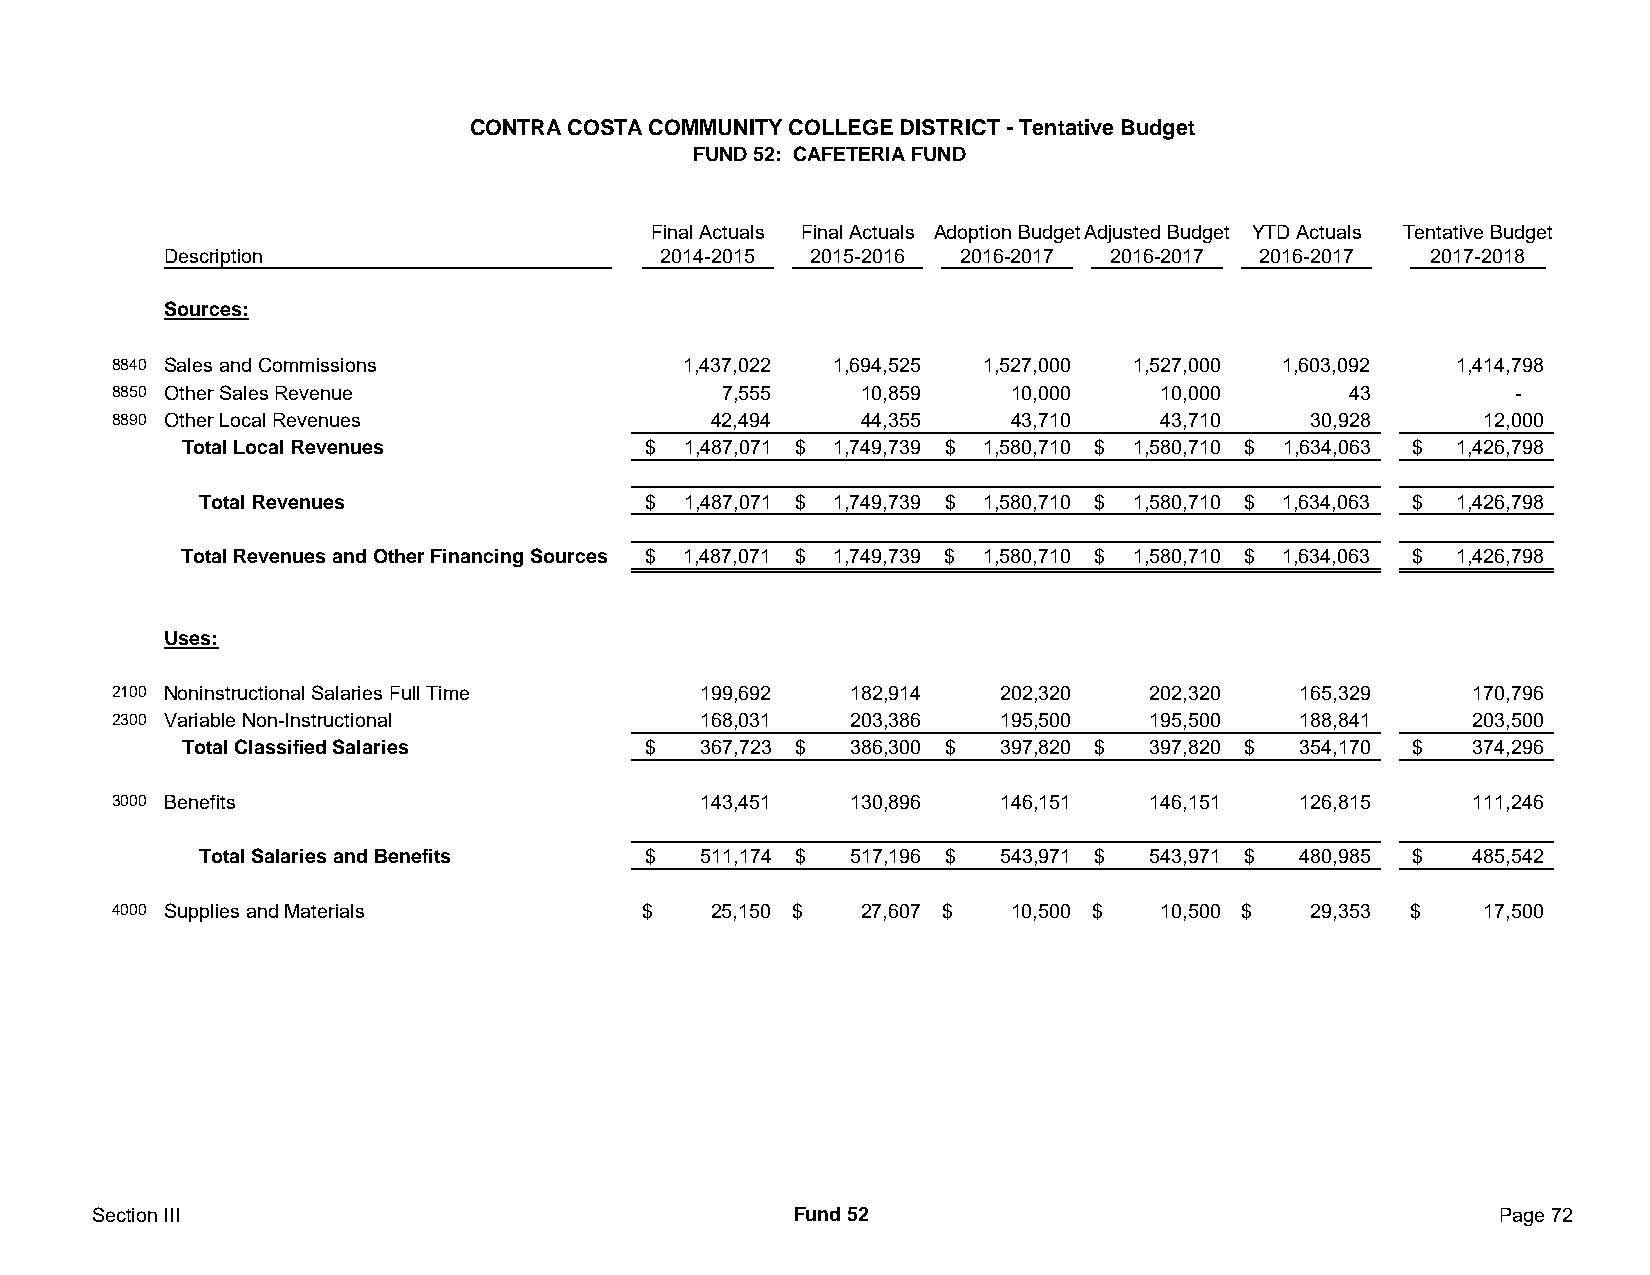
CONTRA COSTA COMMUNITY COLLEGE DISTRICT - Tentative Budget
 FUND 52: CAFETERIA FUND
 Final Actuals Final Actuals Adoption BudgetAdjusted Budget YTD Actuals Tentative Budget
 Description                     2014-2015 2015-2016 2016-2017 2016-2017 2016-2017  2017-2018
 Sources:
 8840 Sales and Commissions            1,437,022 1,694,525 1,527,000 1,527,000 1,603,092  1,414,798
 8850 Other Sales Revenue                7,555     10,859    10,000   10,000       43         -
 8890 Other Local Revenues               42,494    44,355    43,710   43,710    30,928      12,000
 Total Local Revenues          $  1 ,487,071 $ 1 ,749,739 $ 1 ,580,710 $ 1 ,580,710 $ 1 ,634,063 $ 1,426,798
 Total Revenues               $  1 ,487,071 $ 1 ,749,739 $ 1 ,580,710 $ 1 ,580,710 $ 1 ,634,063 $ 1,426,798
 Total Revenues and Other Financing Sources $ 1 ,487,071 $ 1 ,749,739 $ 1 ,580,710 $ 1 ,580,710 $ 1 ,634,063 $ 1,426,798
 Uses:
 2100 Noninstructional Salaries Full Time 199,692 182,914   202,320   202,320   165,329    170,796
 2300 Variable Non-Instructional        168,031   203,386   195,500   195,500   188,841    203,500
 Total Classified Salaries     $   367,723 $ 386,300 $ 397,820 $ 397,820 $ 354,170 $  3 74,296
 3000 Benefits                          143,451   130,896   146,151   146,151   126,815    111,246
 Total Salaries and Benefits  $   511,174 $ 517,196 $ 543,971 $ 543,971 $ 480,985 $  4 85,542
 4000 Supplies and Materials        $    25,150 $  27,607 $  10,500 $ 10,500 $  29,353 $    17,500
 Section III                                   Fund 52                                        Page 72